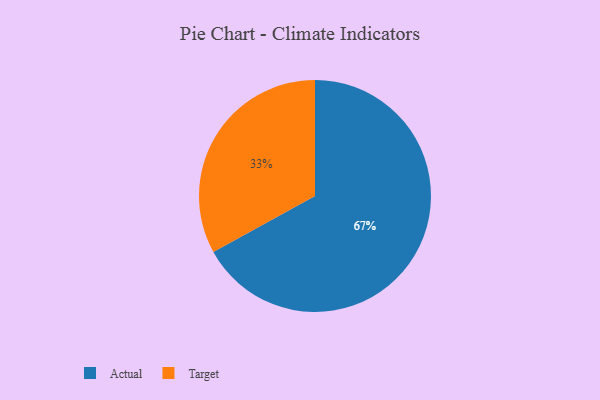
{"axis": {"x": "Category", "y": "Percentage"}, "legend": ["Actual", "Target"], "data": [{"x": "Actual", "y": 67, "type": "Actual"}, {"x": "Target", "y": 33, "type": "Target"}]}